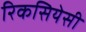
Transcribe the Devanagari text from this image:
रिकसियेसी